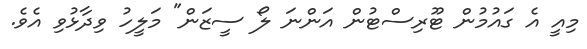
މިއީ އެ ގައުމުން ޓޫރިސްޓުން އަންނަ ލޯ ސީޒަން" މަލީހު ވިދާޅުވި އެވެ.